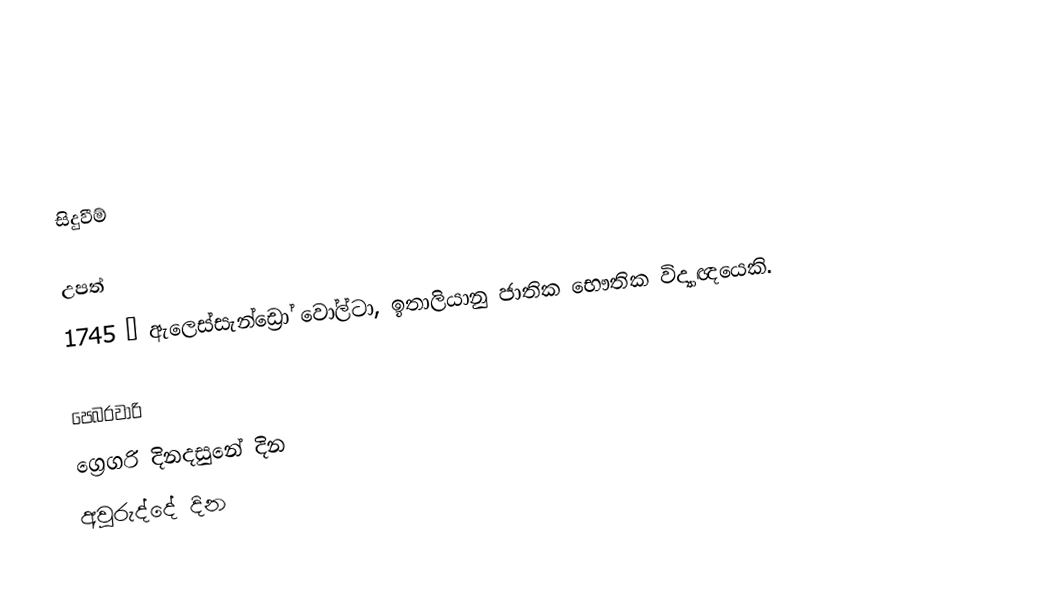

සිදුවීම්

උපත්
1745 – ඇලෙස්සැන්ඩ්‍රෝ වෝල්ටා,  ඉතාලියානු ජාතික භෞතික විද්‍යාඥයෙකි.

පෙබරවාරි
ග්‍රෙගරි දිනදසුනේ දින
අවුරුද්දේ දින